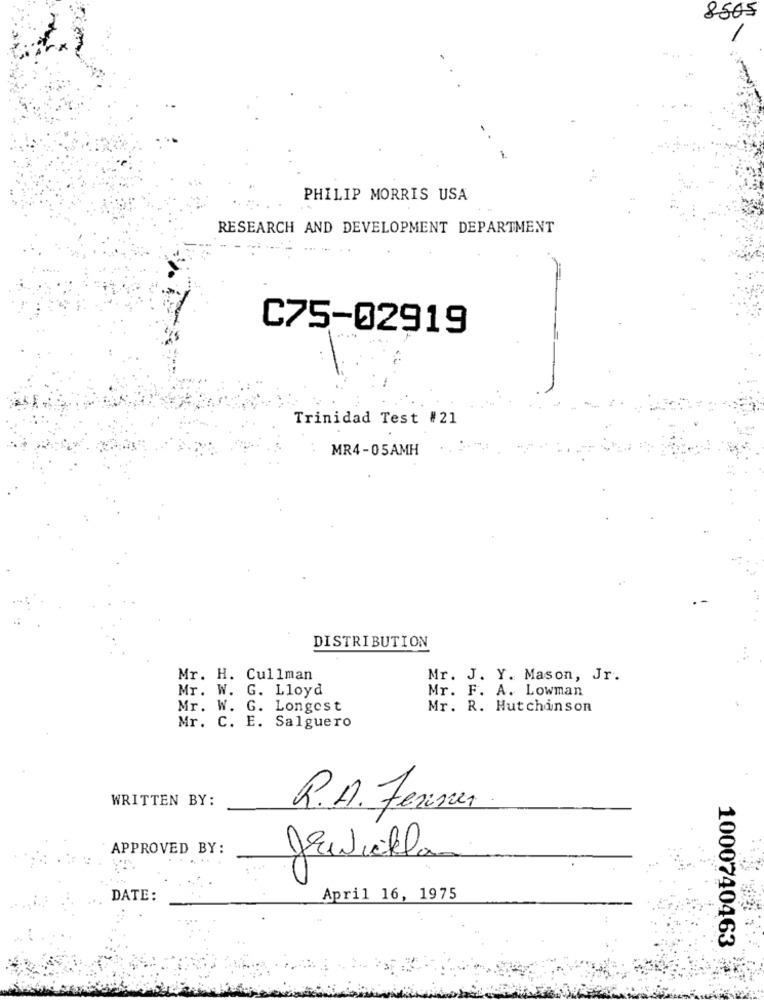
8505
PHILIP MORRIS USA
RESEARCH AND DEVELOPMENT DEPARTMENT
C75-02919
Trinidad Test #21
MR4-05AMH
DISTRIBUTION
Mr. H. Cullman
Mr. J. Y. Mason, Jr.
Mr. W. G. Lloyd
Mr. F. A. Lowman
Mr. W. G. Longest
Mr. R. Hutchinson
Mr. C. E. Salguero
WRITTEN BY:
R.A. Ferner
APPROVED BY:
Jewiekl.
DATE:
April 16, 1975
1000740463